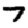
Digit: 7